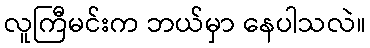
လူကြီမင်းက ဘယ်မှာ နေပါသလဲ။